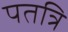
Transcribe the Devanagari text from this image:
पतत्रि